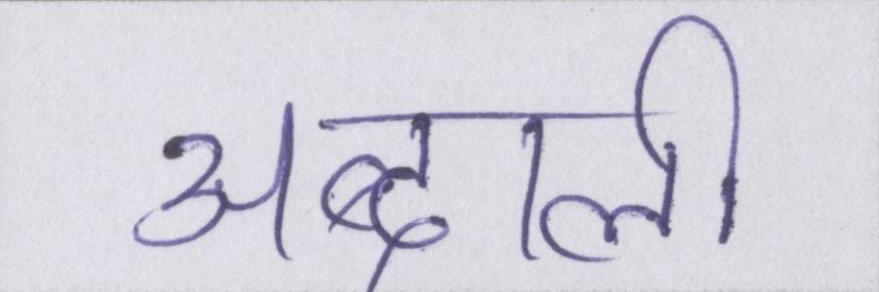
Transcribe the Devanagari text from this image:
अब्दाली